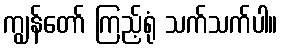
ကျွန်တော် ကြည့်ရုံ သက်သက်ပါ။